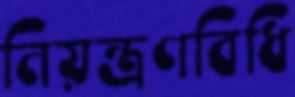
নিয়ন্ত্রণবিধি